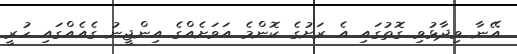
އޭނާ ވިދާޅުވި ގޮތުގައި އެ ރަށުގެ ކޮންމެ އަވަށެއްގެ އިންޖީނު ގެއެއްގައި ހުރީ